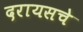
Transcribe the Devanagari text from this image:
दरायसचे